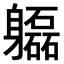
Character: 𨊚